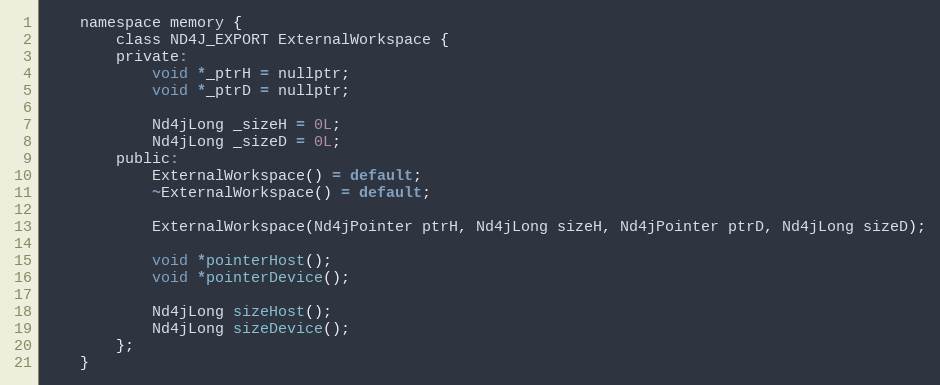
Language: C
    namespace memory {
        class ND4J_EXPORT ExternalWorkspace {
        private:
            void *_ptrH = nullptr;
            void *_ptrD = nullptr;

            Nd4jLong _sizeH = 0L;
            Nd4jLong _sizeD = 0L;
        public:
            ExternalWorkspace() = default;
            ~ExternalWorkspace() = default;

            ExternalWorkspace(Nd4jPointer ptrH, Nd4jLong sizeH, Nd4jPointer ptrD, Nd4jLong sizeD);

            void *pointerHost();
            void *pointerDevice();

            Nd4jLong sizeHost();
            Nd4jLong sizeDevice();
        };
    }